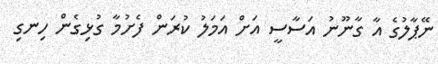
ނޭޕާލުގެ އާ ގާނޫނު އަސާސީ އަށް އަމަލު ކުރަން ފެށުމާ ގުޅިގެން ހިނގި